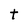
Character: t